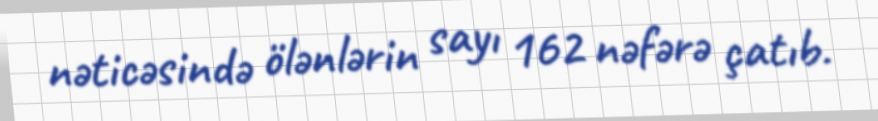
nəticəsində ölənlərin sayı 162 nəfərə çatıb.